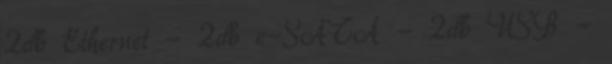
2db Ethernet - 2db e-SATA - 2db USB -